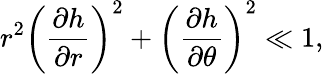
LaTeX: r^{2}\left(\frac{\partial h}{\partial r}\right)^{2}+\left(\frac{\partial h}{\partial\theta}\right)^{2}\ll 1,